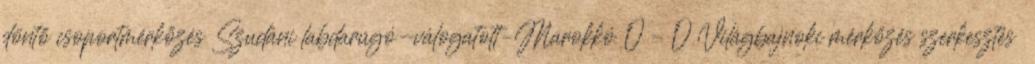
döntő csoportmérkőzés Szudáni labdarúgó-válogatott–Marokkó 0 – 0 Világbajnoki mérkőzés szerkesztés